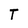
Character: T